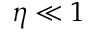
\eta \ll 1